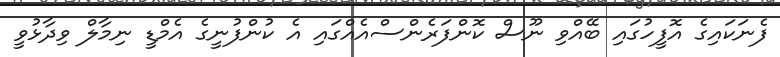
ފެނަކައިގެ އޮފީހުގައި ބޭއްވި ނޫސް ކޮންފަރެންސްއެއްގައި އެ ކުންފުނީގެ އެމްޑީ ނިމާލް ވިދާޅުވީ